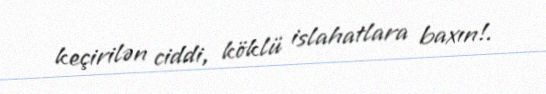
keçirilən ciddi, köklü islahatlara baxın!.